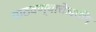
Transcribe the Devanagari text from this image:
पाठवण्याचेआणि